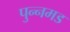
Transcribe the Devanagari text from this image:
पुन्नमड